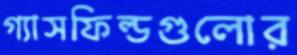
গ্যাসফিল্ডগুলোর